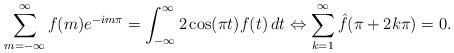
LaTeX: \begin{align*}\sum_{m=-\infty}^{\infty}f(m)e^{-im\pi} = \int_{-\infty}^{\infty}2\cos(\pi t)f(t)\, dt \Leftrightarrow \sum_{k=1}^{\infty}\hat{f}(\pi +2k\pi) = 0.\end{align*}